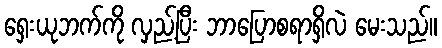
ရှေးယုဘက်ကို လှည့်ပြီး ဘာပြောစရာရှိလဲ မေးသည်။